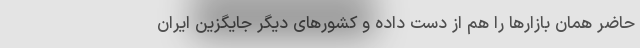
حاضر همان بازار‌ها را هم از دست داده و کشور‌های دیگر جایگزین ایران